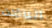
الياقات